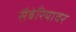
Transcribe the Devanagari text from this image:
सैबेरियावर